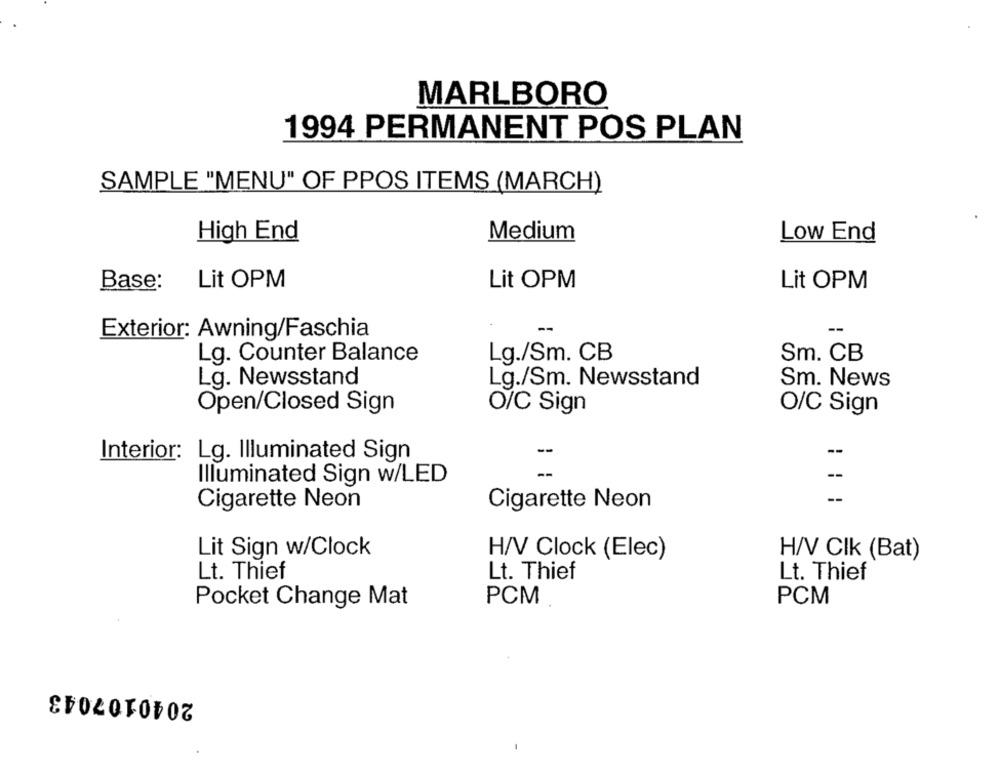
MARLBORO
1994 PERMANENT POS PLAN
SAMPLE "MENU" OF PPOS ITEMS (MARCH)
High End
Medium
Low End
Base:
Lit OPM
Lit OPM
Lit OPM
--
Exterior: Awning/Faschia
Lg./Sm. CB
Sm. CB
Lg. Counter Balance
Lg. Newsstand
Lg./Sm. Newsstand
Sm. News
Open/Closed Sign
O/C Sign
O/C Sign
Interior: Lg. Illuminated Sign
--
Illuminated Sign w/LED
--
Cigarette Neon
Cigarette Neon
Lit Sign w/Clock
H/V Clock (Elec)
H/V Clk (Bat)
Lt. Thief
Lt. Thief
Lt. Thief
Pocket Change Mat
PCM
PCM
2040107043